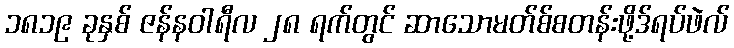
၁၈၁၉ ခုနှစ် ဇန်နဝါရီလ ၂၈ ရက်တွင် ဆာသောမတ်စ်စတန်းဖို့ဒ်ရပ်ဖဲလ်